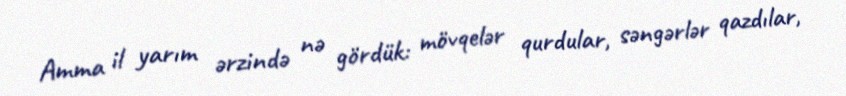
Amma il yarım ərzində nə gördük: mövqelər qurdular, səngərlər qazdılar,